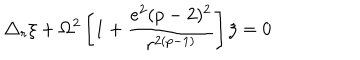
LaTeX: \triangle _ { r } \xi + \Omega ^ { 2 } \left[ 1 + \frac { e ^ { 2 } ( p - 2 ) ^ { 2 } } { r ^ { 2 ( p - 1 ) } } \right] \xi = 0